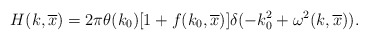
\begin{align*}H(k,\overline x) = 2\pi \theta(k_0)\lbrack 1+f(k_0,\overline x)\rbrack\delta(-k_0^2+\omega^2(k,\overline x)).\end{align*}